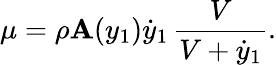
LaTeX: \mu=\rho\mathbf{A}(y_{1})\dot{{y}}_{1}\, \frac{{V}}{{V+\dot{{y}}_{1}}}.